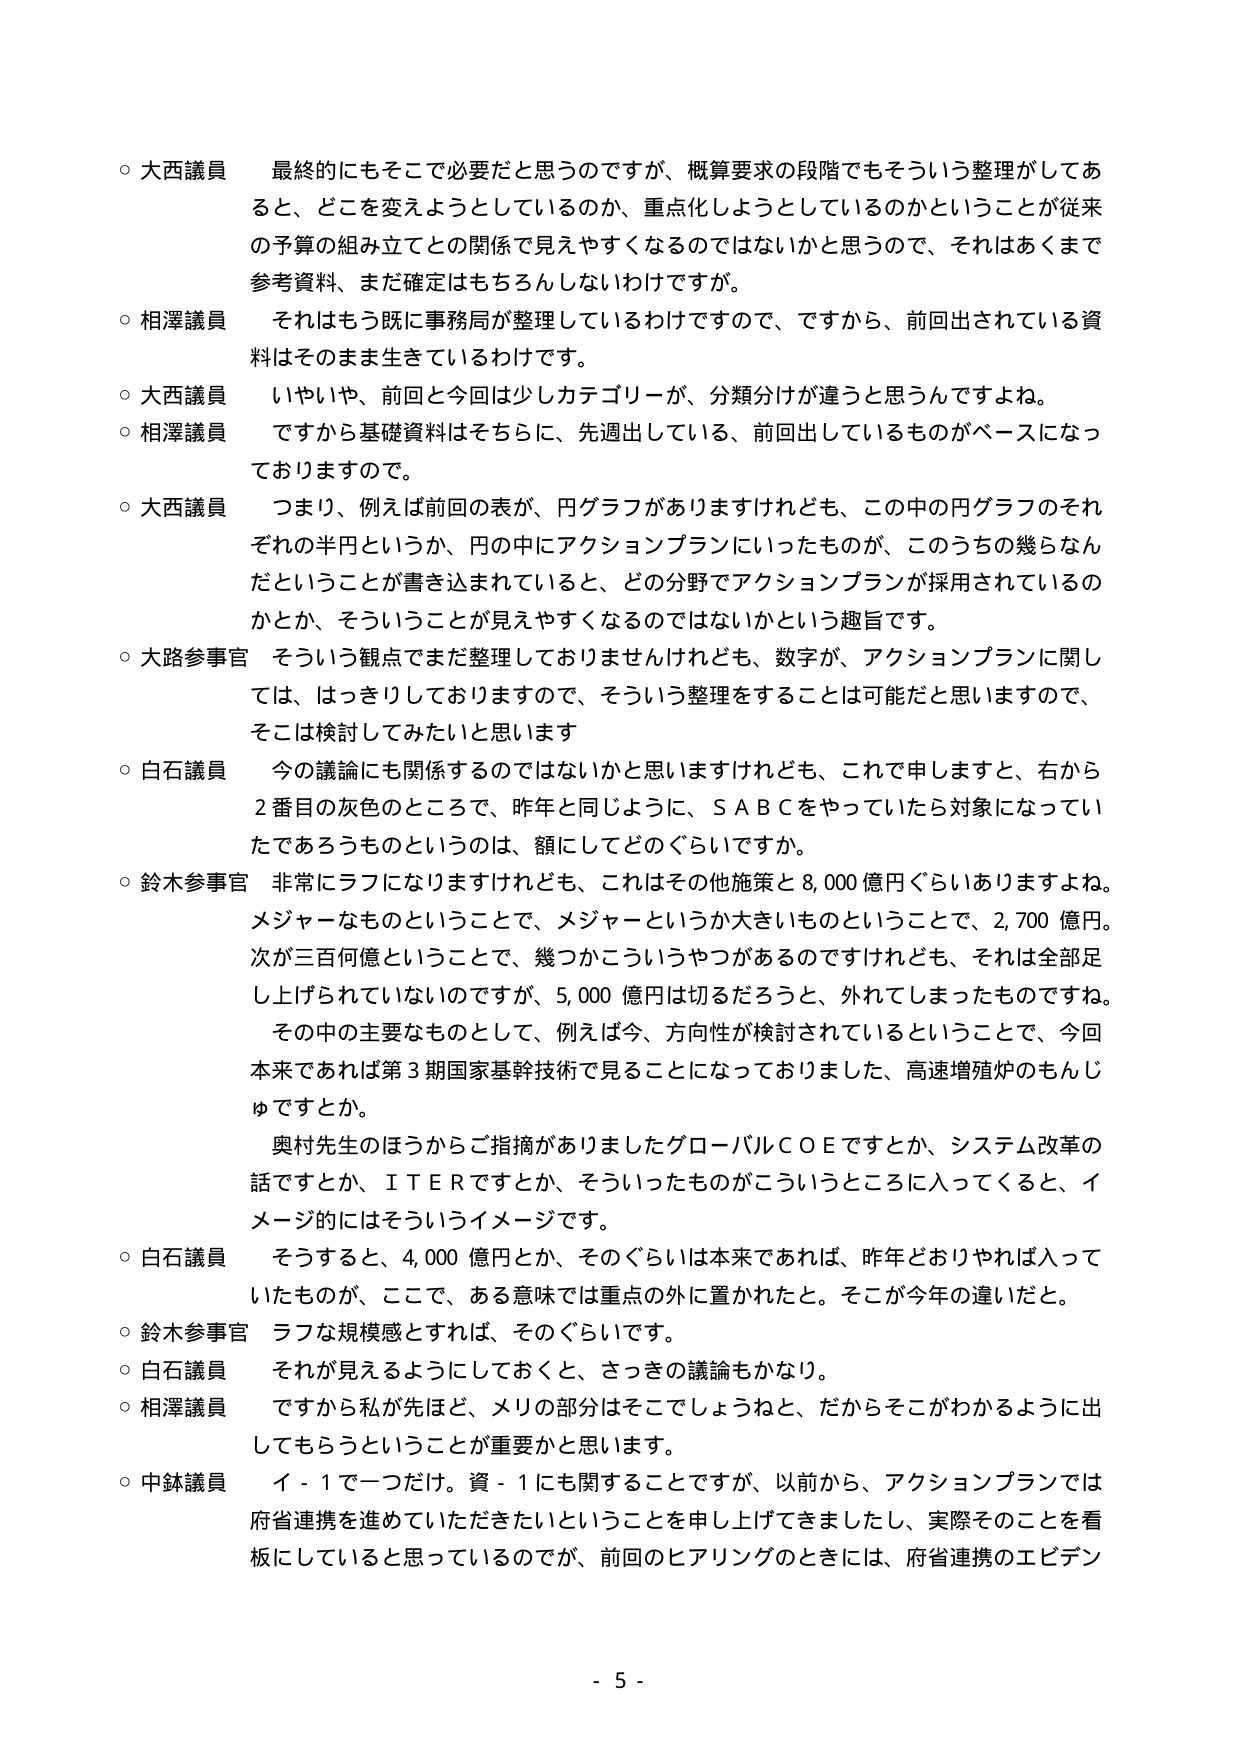
○ 大西議員 最終的にもそこで必要だと思うのですが、概算要求の段階でもそういう整理がしてあると、どこを変えようとしているのか、重点化しようとしているのかということが従来の予算の組み立てとの関係で見えやすくなるのではないかと思うので、それはあくまで参考資料、まだ確定はもちろんしないわけですが。

○ 相澤議員 それはもう既に事務局が整理しているわけですので、ですから、前回出されている資料はそのまま生きているわけです。

○ 大西議員 いやいや、前回と今回は少しカテゴリーが、分類分けが違うと思うんですよね。

○ 相澤議員 ですから基礎資料はそちらに、先週出している、前回出しているものがベースになっておりますので。

○ 大西議員 つまり、例えば前回の表が、円グラフがありますけれども、この中の円グラフのそれぞれの半円というか、円の中にアクションプランにいったものが、このうちの幾らなんだということが書き込まれていると、どの分野でアクションプランが採用されているのかとか、そういうことが見えやすくなるのではないかという趣旨です。

○ 大路参事官 そういう観点でまだ整理しておりませんけれども、数字が、アクションプランに関しては、はっきりしておりますので、そういう整理をすることは可能だと思いますので、そこは検討してみたいと思います

○ 白石議員 今の議論にも関係するのではないかと思いますけれども、これで申しますと、右から2番目の灰色のところで、昨年と同じように、ＳＡＢＣをやっていたら対象になっていただであろうものというのは、額にしてどのぐらいですか。

○ 鈴木参事官 非常にラフになりますけれども、これはその他施策と8,000億円ぐらいありますよね。メジャーなものということで、メジャーというか大きいものということで、2,700億円。次が三百何億ということで、幾つかこういうやつがあるのですけれども、それは全部足し上げられていないのですが、5,000億円は切るだろうと、外れてしまったものですよね。その中の主要なものとして、例えば今、方向性が検討されているということで、今回本来であれば第3期国家基幹技術で見ることになっておりました、高速増殖炉のもんじゅですとか。奥村先生のほうからご指摘がありましたグローバルＣＯＥですとか、システム改革の話ですとか、ＩＴＥＲですとか、そういったものがこういうところに入ってくると、イメージ的にはそういうイメージです。

○ 白石議員 そうすると、4,000億円とか、そのぐらいは本来であれば、昨年どおりやれば入っていたものが、ここで、ある意味では重点の外に置かれたと。そこが今年の違いだと。

○ 鈴木参事官 ラフな規模感とすれば、そのぐらいです。

○ 白石議員 それが見えるようにしておくと、さっきの議論もかなり。

○ 相澤議員 ですから私が先ほど、メリの部分はそこでしょうねと、だからそこがわかるように出してもらうということが重要かと思います。

○ 中鉢議員 イ－１で一つだけ。資－１に関することですが、以前から、アクションプランでは府省連携を進めていただきたいということを申し上げてきましたし、実際にそのことを看板にしていると思っているのですが、前回のヒアリングのときには、府省連携のエビデン

- 5 -